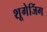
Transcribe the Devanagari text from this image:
शूगेजिंग